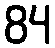
84